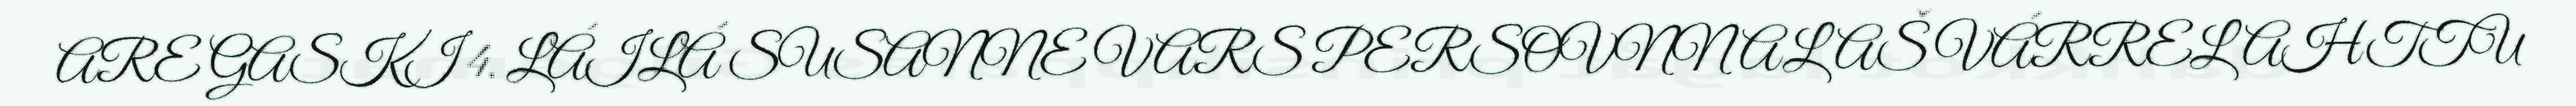
ARE GASKI 4. LÁILÁ SUSANNE VARS PERSOVNNALAŠ VÁRRELAHTTU